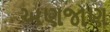
અણજાણ